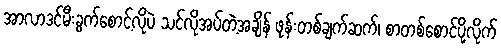
အာလာဒင်မီးခွက်စောင့်လိုပဲ သင်လိုအပ်တဲ့အချိန် ဖုန်းတစ်ချက်ဆက်၊ စာတစ်စောင်ပို့လိုက်